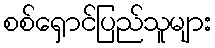
စစ်ရှောင်ပြည်သူများ